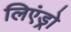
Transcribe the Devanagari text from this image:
लिएंड्रो